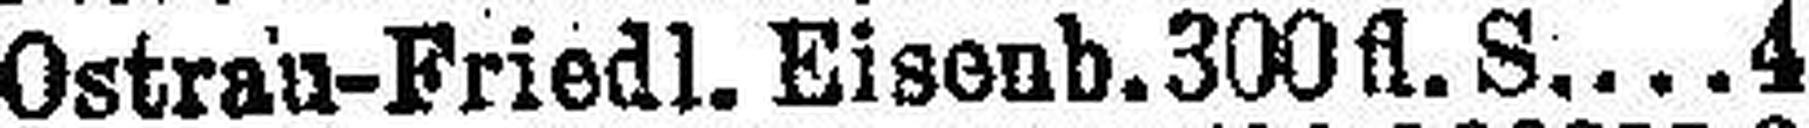
Ostrau-Friedl. Eisenb.300fl. S 4